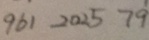
9 6 1 2 0 2 5 7 9